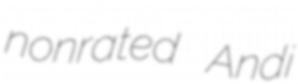
nonrated Andi